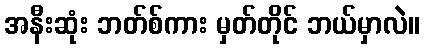
အနီးဆုံး ဘတ်စ်ကား မှတ်တိုင် ဘယ်မှာလဲ။